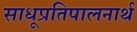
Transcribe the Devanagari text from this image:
साधूप्रतिपालनार्थ